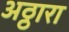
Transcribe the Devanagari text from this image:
अठ्ठारा